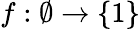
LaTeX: f:\emptyset\to\{ 1\}